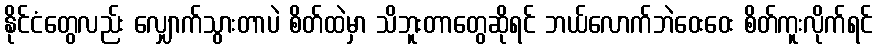
နိုင်ငံတွေလည်း လျှောက်သွားတာပဲ စိတ်ထဲမှာ သိဘူးတာတွေဆိုရင် ဘယ်လောက်ဘဲဝေးဝေး စိတ်ကူးလိုက်ရင်